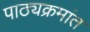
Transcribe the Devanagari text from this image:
पाठ्यक्रमांत